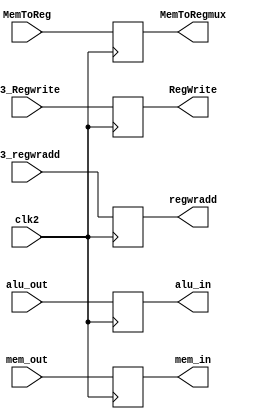
`timescale 1ns/1ns

module L4 (alu_in, mem_in, MemToRegmux,L3_Regwrite, L3_regwradd, alu_out, mem_out, MemToReg, RegWrite , regwradd,clk2);

input [7:0] alu_out, mem_out;
input MemToReg, L3_Regwrite, clk2;
input [2:0] L3_regwradd;

output reg [7:0] alu_in, mem_in;
output reg MemToRegmux , RegWrite ;
output reg [2:0] regwradd;

reg [7:0] L4_alu_out, L4_mem_out;
reg L4_MemToReg ,L4_RegWrite;
reg [2:0] L4_regwradd;

always @(*) begin
    L4_alu_out <= alu_out;
    L4_mem_out <= mem_out;
    L4_MemToReg <= MemToReg;
    L4_RegWrite <= L3_Regwrite;
    L4_regwradd <= L3_regwradd;
end

always @(posedge clk2) begin
    alu_in <= L4_alu_out;
    mem_in <= L4_mem_out;
    MemToRegmux <= L4_MemToReg;
    RegWrite <= L4_RegWrite;
    regwradd = L4_regwradd;
end
    
endmodule